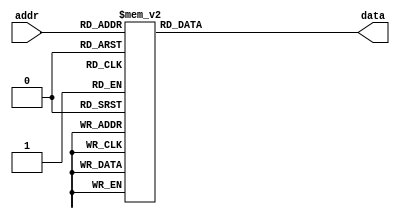
`timescale 1ns / 1ps

module ball_rom(
    input [2:0] addr,   // 3-bit address
    output reg [7:0] data   // 8-bit data
    );
    
    always @*
        case(addr)
            3'b000 :    data = 8'b00111100; //   ****  
            3'b001 :    data = 8'b01111110; //  ******
            3'b010 :    data = 8'b11111111; // ********
            3'b011 :    data = 8'b11111111; // ********
            3'b100 :    data = 8'b11111111; // ********
            3'b101 :    data = 8'b11111111; // ********
            3'b110 :    data = 8'b01111110; //  ******
            3'b111 :    data = 8'b00111100; //   ****
        endcase
    
endmodule